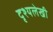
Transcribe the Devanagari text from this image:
दृश्यलेखी